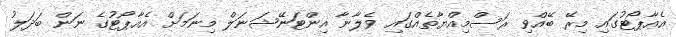
އެއާޕޯޓުގައި މިރޭ ބޭއްވި ރަސްމިއްޔާތެއްގައި ވެލާނާ އިންޓަނޭޝަނަލް މިނަމަށް އެއާޕޯޓުގެ ނަން ބަދަލު